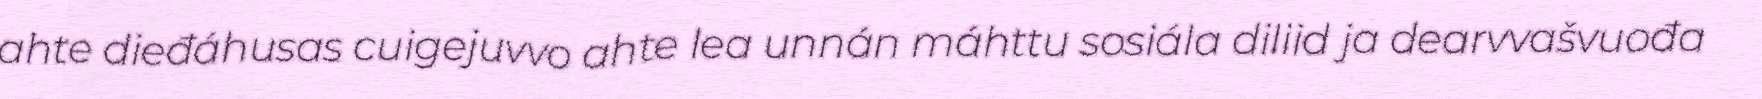
ahte dieđáhusas cuigejuvvo ahte lea unnán máhttu sosiála diliid ja dearvvašvuođa